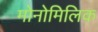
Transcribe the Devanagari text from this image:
मोनोमिलिक